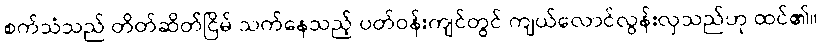
စက်သံသည် တိတ်ဆိတ်ငြိမ် သက်နေသည့် ပတ်ဝန်းကျင်တွင် ကျယ်လောင်လွန်းလှသည်ဟု ထင်၏။